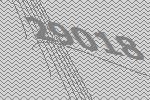
29018